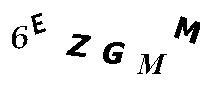
6EZGMM